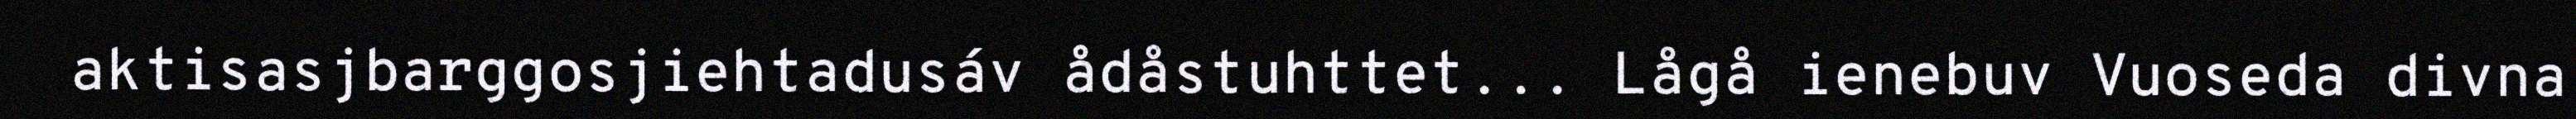
aktisasjbarggosjiehtadusáv ådåstuhttet... Lågå ienebuv Vuoseda divna